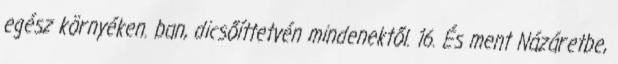
egész környéken. ban, dicsőíttetvén mindenektől. 16. És ment Názáretbe,